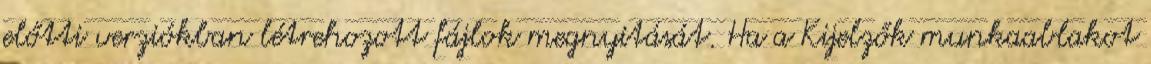
előtti verziókban létrehozott fájlok megnyitását. Ha a Kijelzők munkaablakot